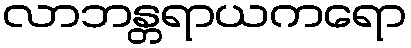
လာဘန္တရာယကရော